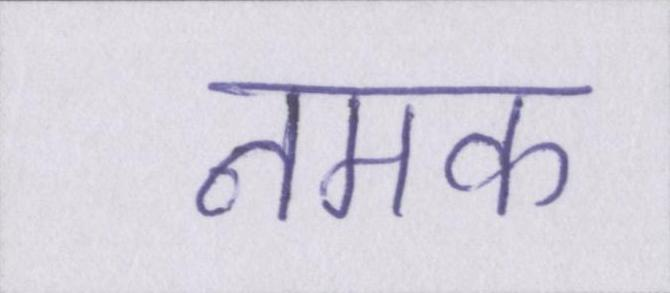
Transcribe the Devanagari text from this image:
नमक